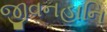
જીવનહાનિ